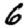
Digit: 6